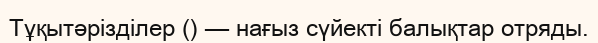
Тұқытәрізділер () — нағыз сүйекті балықтар отряды.